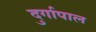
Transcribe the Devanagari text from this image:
दुर्गापाल